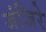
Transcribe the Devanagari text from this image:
जंजिरे